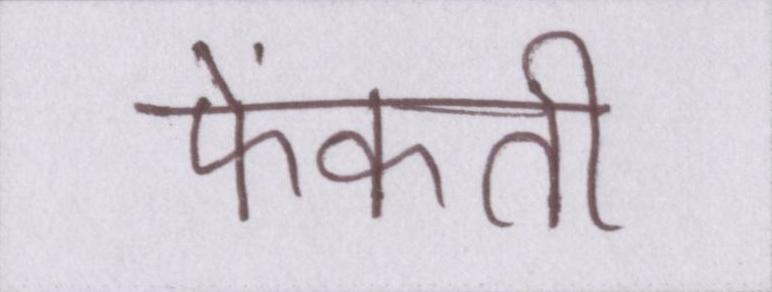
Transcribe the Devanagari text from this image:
फेंकती